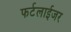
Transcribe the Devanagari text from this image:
फर्टलाईजर